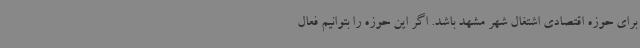
برای حوزه اقتصادی اشتغال شهر مشهد باشد. اگر این حوزه را بتوانیم فعال